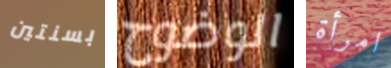
بسنتين الوضوح امرأة